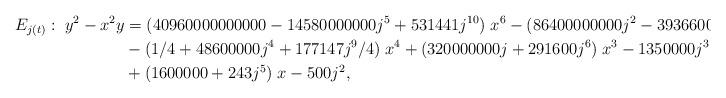
LaTeX: \begin{align*}E_{j(t)}:\;y^2 - x^2y & =(40960000000000 - 14580000000 j^5 + 531441 j^{10})\; x^6 - (86400000000 j^2 - 39366000 j^7 )\;x^5\\ &- (1/4 + 48600000 j^4 + 177147 j^9 /4)\;x^4 + (320000000 j + 291600 j^6 )\;x^3 - 1350000 j^3 \;x^2 \\&+ (1600000 + 243 j^5 )\;x-500 j^2,\end{align*}